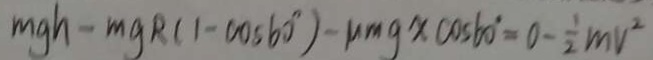
m h g - m g R ( 1 - \cos 6 0 ^ { \circ } ) - u m g x \cos 6 0 ^ { \circ } = 0 - \frac { 1 } { 2 } m v ^ { 2 }